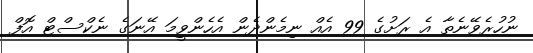
ނުހުރެވޭނެތާ އެ ރަށުގެ 99 އެއް ނިމެންދެން އެހެންވީމަ އޭނަގެ ނެކްސްޓް އޮފް